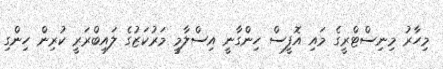
މިހާރު މިނިސްޓްރީގެ މައި އޮފީސް ހިންގާނީ އިސްލާމީ މަރުކަޒުގެ ލައިބްރަރީ ކުރިން ހިންގި